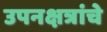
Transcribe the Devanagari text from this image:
उपनक्षत्रांचे